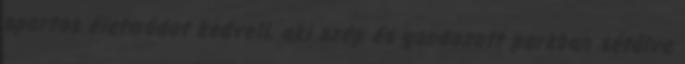
sportos életmódot kedveli, aki szép és gondozott parkban sétálva